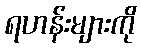
ရဟန်းများကို